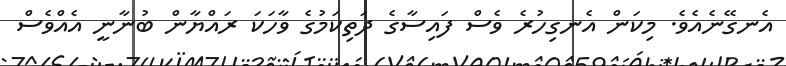
އެނގޭނެއެވެ. މިކަން އެނގިހުރެ ވެސް ފައިސާގެ ދަތިކަމުގެ ވާހަކަ ރައްޔާން ބުނާނީ އެއްވެސް